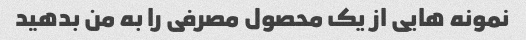
نمونه هایی از یک محصول مصرفی را به من بدهید